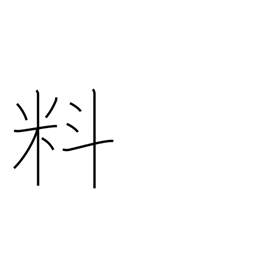
Meaning: materials